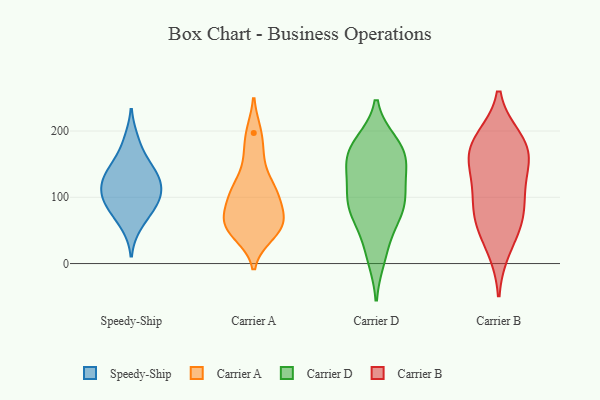
{"axis": {"x": "Revenue (USD Million)", "y": "Value"}, "legend": ["Carrier A", "Carrier B", "Carrier D", "Speedy-Ship"], "data": [{"x": "", "y": 85, "type": "Speedy-Ship"}, {"x": "", "y": 127, "type": "Speedy-Ship"}, {"x": "", "y": 118, "type": "Speedy-Ship"}, {"x": "", "y": 186, "type": "Speedy-Ship"}, {"x": "", "y": 96, "type": "Speedy-Ship"}, {"x": "", "y": 152, "type": "Speedy-Ship"}, {"x": "", "y": 58, "type": "Speedy-Ship"}, {"x": "", "y": 85, "type": "Speedy-Ship"}, {"x": "", "y": 144, "type": "Speedy-Ship"}, {"x": "", "y": 105, "type": "Speedy-Ship"}, {"x": "", "y": 125, "type": "Speedy-Ship"}, {"x": "", "y": 160, "type": "Carrier A"}, {"x": "", "y": 44, "type": "Carrier A"}, {"x": "", "y": 197, "type": "Carrier A"}, {"x": "", "y": 77, "type": "Carrier A"}, {"x": "", "y": 62, "type": "Carrier A"}, {"x": "", "y": 60, "type": "Carrier A"}, {"x": "", "y": 112, "type": "Carrier A"}, {"x": "", "y": 103, "type": "Carrier A"}, {"x": "", "y": 113, "type": "Carrier A"}, {"x": "", "y": 55, "type": "Carrier A"}, {"x": "", "y": 148, "type": "Carrier D"}, {"x": "", "y": 81, "type": "Carrier D"}, {"x": "", "y": 88, "type": "Carrier D"}, {"x": "", "y": 180, "type": "Carrier D"}, {"x": "", "y": 164, "type": "Carrier D"}, {"x": "", "y": 76, "type": "Carrier D"}, {"x": "", "y": 165, "type": "Carrier D"}, {"x": "", "y": 166, "type": "Carrier D"}, {"x": "", "y": 107, "type": "Carrier D"}, {"x": "", "y": 10, "type": "Carrier D"}, {"x": "", "y": 22, "type": "Carrier D"}, {"x": "", "y": 142, "type": "Carrier D"}, {"x": "", "y": 181, "type": "Carrier D"}, {"x": "", "y": 92, "type": "Carrier D"}, {"x": "", "y": 69, "type": "Carrier D"}, {"x": "", "y": 118, "type": "Carrier D"}, {"x": "", "y": 72, "type": "Carrier B"}, {"x": "", "y": 124, "type": "Carrier B"}, {"x": "", "y": 58, "type": "Carrier B"}, {"x": "", "y": 181, "type": "Carrier B"}, {"x": "", "y": 77, "type": "Carrier B"}, {"x": "", "y": 186, "type": "Carrier B"}, {"x": "", "y": 24, "type": "Carrier B"}, {"x": "", "y": 152, "type": "Carrier B"}, {"x": "", "y": 165, "type": "Carrier B"}, {"x": "", "y": 104, "type": "Carrier B"}, {"x": "", "y": 173, "type": "Carrier B"}]}